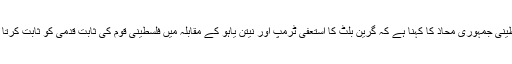
فلسطینی جمہوری محاذ کا کہنا ہے کہ گرین بلٹ کا استعفیٰ ٹرمپ اور نیتن یاہو کے مقابلہ میں فلسطینی قوم کی ثابت قدمی کو ثابت کرتا ہے۔